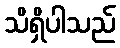
သိရှိပါသည်